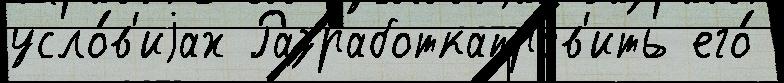
усло́в'иjах Разработкаправ'ить его́